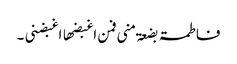
فاطمۃ بضعۃ منی فمن اغبضھا اغبضنی ۔